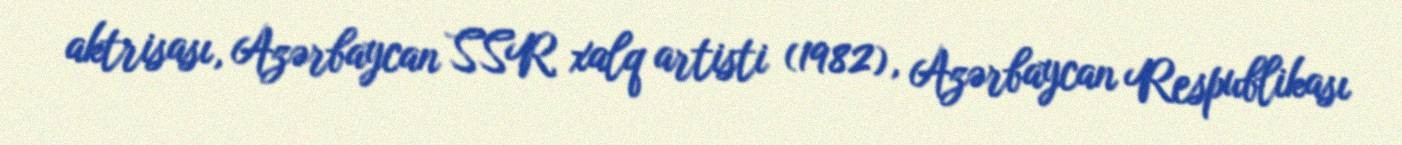
aktrisası, Azərbaycan SSR xalq artisti (1982), Azərbaycan Respublikası